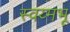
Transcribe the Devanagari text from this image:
स्वय्मभू